Lunatic asylums in Bengal annual reports 1899-1911 - 1899-1911
Year: 1899
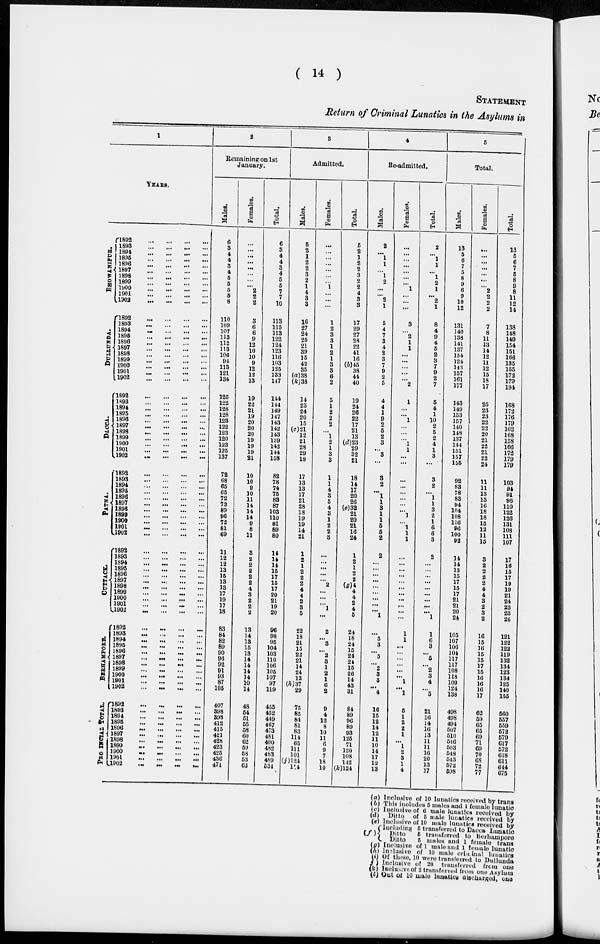
( 14 )
STATEMENT
Return of Criminal Lunatics in the Asylums in
1
YEARS.
BHOWANIPUR.
DULLUNDA.
DACCA.
PATNA.
CUTTACK.
BERHAMPPORE.
PROVINCIAL TOTAL.
1892
...
...
...
...
1898
...
...
...
...
1891 ... ... ... ...
1895
...
...
...
...
1896
...
...
...
...
1897 ... ... ... ...
1898
...
...
...
...
1899
...
...
...
...
1900
...
...
...
...
1901
...
...
...
...
1902
...
...
...
...
1892
...
...
...
...
1893
...
...
...
...
1894
...
...
...
...
1895 ... ... ... ...
1896
...
...
...
...
1897
...
...
...
...
1898
...
...
...
...
1899
...
...
...
...
1900
...
...
...
...
1901
...
...
...
...
1902
...
...
...
...
1892
...
...
...
...
1893
...
...
...
...
1894
...
...
...
...
1895
...
...
...
...
1896
...
...
...
...
1897 ... ... ... ...
1898
...
...
...
...
1899
...
...
...
...
1900 ... ... ... ...
1901
...
...
...
...
1902
...
...
...
...
1892
...
...
...
...
1893
...
...
...
...
1894
...
...
...
...
1895
...
...
...
...
1896
...
...
...
...
1897
...
...
...
...
1898
...
...
...
...
1899
...
...
...
...
1900
...
...
...
...
1901 ... ... ... ...
1902
...
...
...
...
1892
...
...
...
...
1893
...
...
...
...
1894 ... ... ... ...
1895
...
...
...
...
1896
...
...
...
...
1897
...
...
...
...
1898
...
...
...
...
1899
...
...
...
...
1900
...
...
...
...
1901 ... ... ... ...
1902 ... ... ... ...
1892
...
...
...
...
1893
...
...
...
...
1894
...
...
...
...
1895
...
...
...
...
1896
...
...
...
...
1897
...
...
...
...
1898 ... ... ... ...
1899
...
...
...
...
1900
...
...
...
...
1901
...
...
...
...
1902 ... ... ... ...
1892
...
...
...
...
1893 ... ... ... ...
1894
...
...
...
...
1895
...
...
...
...
1896 ... ... ... ...
1897
...
...
...
...
1898
...
...
...
...
1899 ... ... ... ...
1900
...
...
...
...
1901
...
...
...
...
1902
...
...
...
...
2
Remaining on 1st
January.
Males.
6
3
4
4
3
4
5
5
5
5
8
110
109
107
113
112
113
106
94
113
121
134
125
122
128
128
123
122
123
120
123
125
137
72
68
65
65
72
73
89
96
72
81
69
11
12
12
13
15
13
13
17
19
17
18
83
84
82
89
90
96
92
91
93
87
105
407
398
398
412
415
421
428
423
425
436
471
Females.
...
...
...
...
...
...
...
...
2
2
2
3
6
6
9
12
10
10
9
12
12
13
19
22
21
19
20
20
20
19
19
19
21
10
10
9
10
11
14
14
14
9
8
11
3
2
2
2
2
2
4
3
2
2
2
13
14
13
15
13
14
14
14
14
10
14
48
54
51
55
58
60
62
59
58
53
63
Total.
6
3
4
4
3
4
5
5
7
7
10
113
115
113
122
124
123
116
103
125
133
147
144
144
149
147
143
142
143
139
142
144
158
82
78
74
75
83
87
103
110
81
89
80
14
14
14
15
17
15
17
20
21
19
20
96
98
95
104
103
110
106
105
107
97
119
455
452
449
467
473
481
490
482
483
489
534
3
Admitted.
Males.
5
2
1
2
2
3
2
1
4
3
3
16
27
24
25
21
39
15
42
35
(a) 38
(k) 38
14
23
24
20
15
(c)21
12
21
28
29
18
17
13
13
17
21
28
18
19
19
14
21
1
2
1
2
2
2
4
4
2
3
5
22
18
21
15
22
21
14
24
13
(h) 37
29
75
85
84
81
83
114
65
111
101
(j)124
114
Females.
...
...
...
...
...
...
...
1
...
...
...
1
2
3
3
1
2
1
3
3
6
2
5
1
2
2
2
...
1
2
1
3
3
1
1
4
3
5
4
3
1
2
2
3
...
...
...
...
...
2
...
...
...
1
...
2
...
3
...
2
3
1
2
1
6
2
9
4
12
8
10
11
6
9
7
18
10
Total.
5
2
1
2
2
3
2
2
4
3
3
17
29
27
28
22
41
16
(b)45
38
44
40
19
24
26
22
17
21
13
(d)23
29
32
21
18
14
17
20
26
(e)32
21
20
21
16
24
1
2
1
2
2
(g)4
4
4
2
4
5
24
18
24
15
24
24
15
26
14
43
31
84
89
96
89
93
125
71
120
108
142
(k)124
4
Re-admitted.
Males.
2
...
1
1
...
1
2
...
...
2
1
5
4
7
3
4
2
3
7
9
2
5
4
4
1
9
2
5
2
3
...
3
...
3
2
...
1
1
3
1
1
5
5
2
2
...
...
...
...
...
...
...
...
...
1
...
5
3
...
5
...
2
3
3
...
4
16
15
12
14
12
11
10
14
17
12
13
Females.
...
...
...
...
...
...
...
1
...
...
...
3
...
2
1
1
...
...
...
...
...
2
1
...
...
1
...
...
...
1
1
...
...
...
...
...
...
...
...
1
...
1
1
1
...
...
...
...
...
...
...
...
...
...
...
1
1
...
...
...
...
...
...
1
...
1
5
1
2
2
1
...
1
2
3
1
4
Total.
2
...
1
1
...
1
2
1
...
2
1
8
4
9
4
5
2
3
7
9
2
7
5
4
1
10
2
5
2
4
1
3
...
3
2
...
1
1
3
2
1
6
6
3
2
...
...
...
...
...
...
...
...
...
1
1
6
3
...
5
...
2
3
4
...
5
21
16
14
10
13
11
11
16
20
13
17
5
Total.
Males.
13
5
6
7
5
8
9
6
9
10
12
131
140
138
141
137
154
124
143
157
161
177
143
149
153
157
140
148
137
144
151
157
155
92
83
78
83
94
104
108
116
96
100
92
14
14
13
15
17
15
17
21
21
20
24
105
107
106
104
117
117
108
118
109
124
138
498
498
494
507
510
546
503
548
543
572
598
Females.
...
...
...
...
...
...
...
2
2
2
2
7
8
11
13
14
12
11
12
15
18
17
25
23
23
22
22
20
21
22
21
22
24
11
11
13
13
16
18
18
15
12
11
15
3
2
2
2
2
4
4
3
2
3
2
16
15
16
15
15
17
15
16
16
16
17
62
59
65
65
69
71
69
70
68
72
77
Total.
13
5
6
7
5
8
9
8
11
12
14
138
148
149
154
151
166
135
155
172
179
194
168
172
176
179
162
168
158
166
172
179
179
103
94
91
96
110
122
126
131
108
111
107
17
16
15
17
19
19
21
24
23
23
26
121
122
122
119
132
134
123
134
125
140
155
560
557
559
572
579
617
572
618
611
644
675
(a)
(b)
(c)
(d)
(e)
(f)
(g)
(h)
(i)
(j)
(k)
(l)
Inclusive of 10 lunatics received by trans
This includes 5 males and 1 female lunatic
Inclusive of 6 male lunatics received by
Ditto of 5 male lunatics received by
Inclusive of 10 male lunatics received by
Including 5 transferred to Dacca Lunatic
Ditto
5 transferred to Berhampore
Ditto
5 males and 1 female trans
Inclusive of 1 male and 1 female lunatic
Inclusive of 10 male criminal lunatic
Of these, 10 were transferred to Dullunda
Inclusive of 20 transferred from one
Inclusive of 2 transferred from one Asylum
Out of 10 male lunatics discharged, one